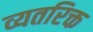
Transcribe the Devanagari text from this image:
व्यतरिक्त